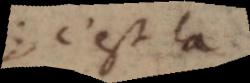
c’est là